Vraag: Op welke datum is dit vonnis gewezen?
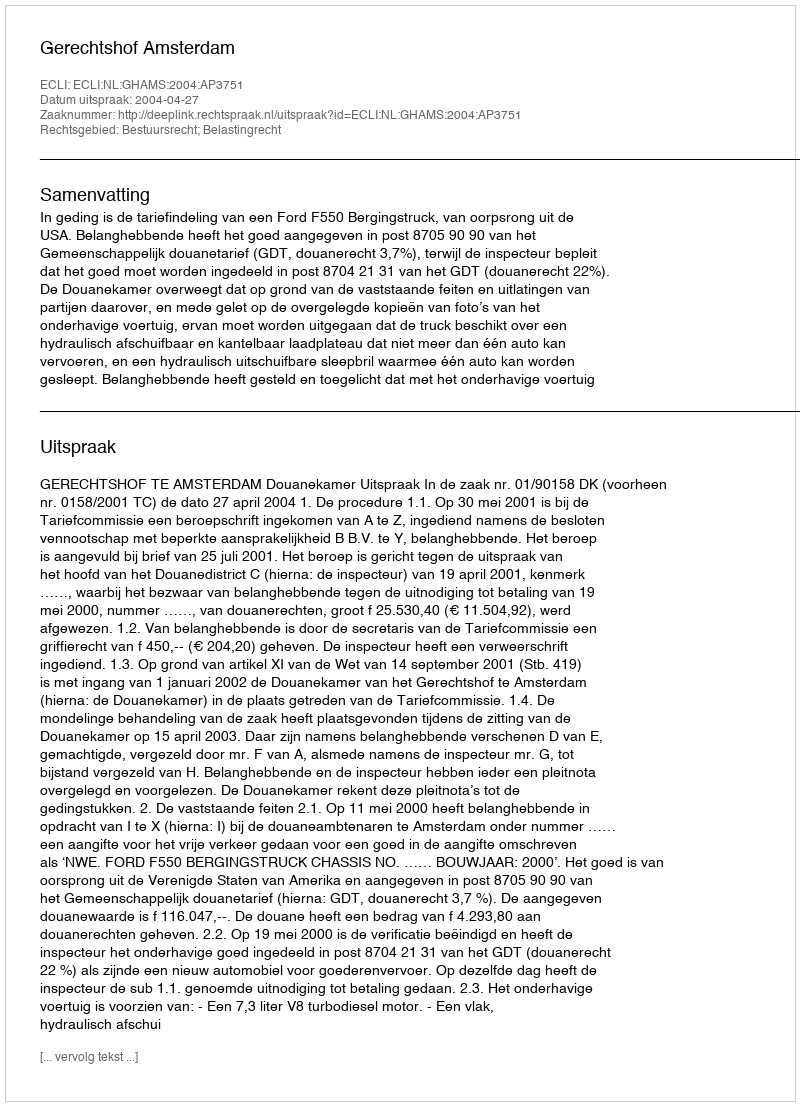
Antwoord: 2004-04-27